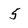
Character: 5